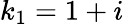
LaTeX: k_{1}=1+i